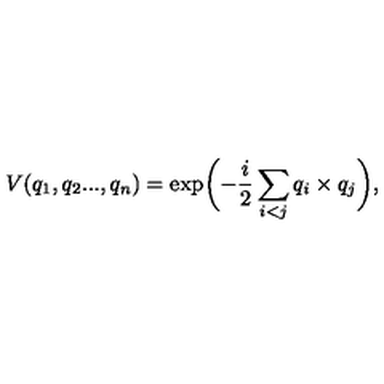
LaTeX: V ( q _ { 1 } , q _ { 2 } . . . , q _ { n } ) = \exp \biggl ( - \frac { i } { 2 } \sum _ { i < j } q _ { i } \times q _ { j } \biggr ) ,